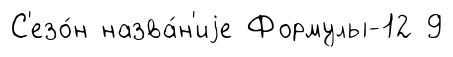
С'езо́н назва́н'иjе Формулы-12 9